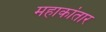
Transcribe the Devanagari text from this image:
महाकांतार